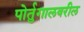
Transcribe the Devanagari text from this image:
पोर्तुगालवरील